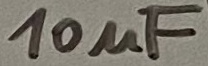
Text: 10µF